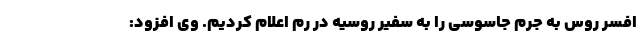
افسر روس به جرم جاسوسی را به سفیر روسیه در رم اعلام کردیم. وی افزود: